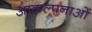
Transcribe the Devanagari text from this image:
आकल्पनाओं